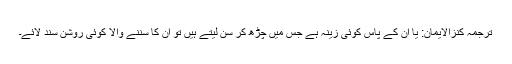
ترجمۂ کنزالایمان: یا ان کے پاس کوئی زینہ ہے جس میں چڑھ کر سن لیتے ہیں تو ان کا سننے والا کوئی روشن سند لائے۔